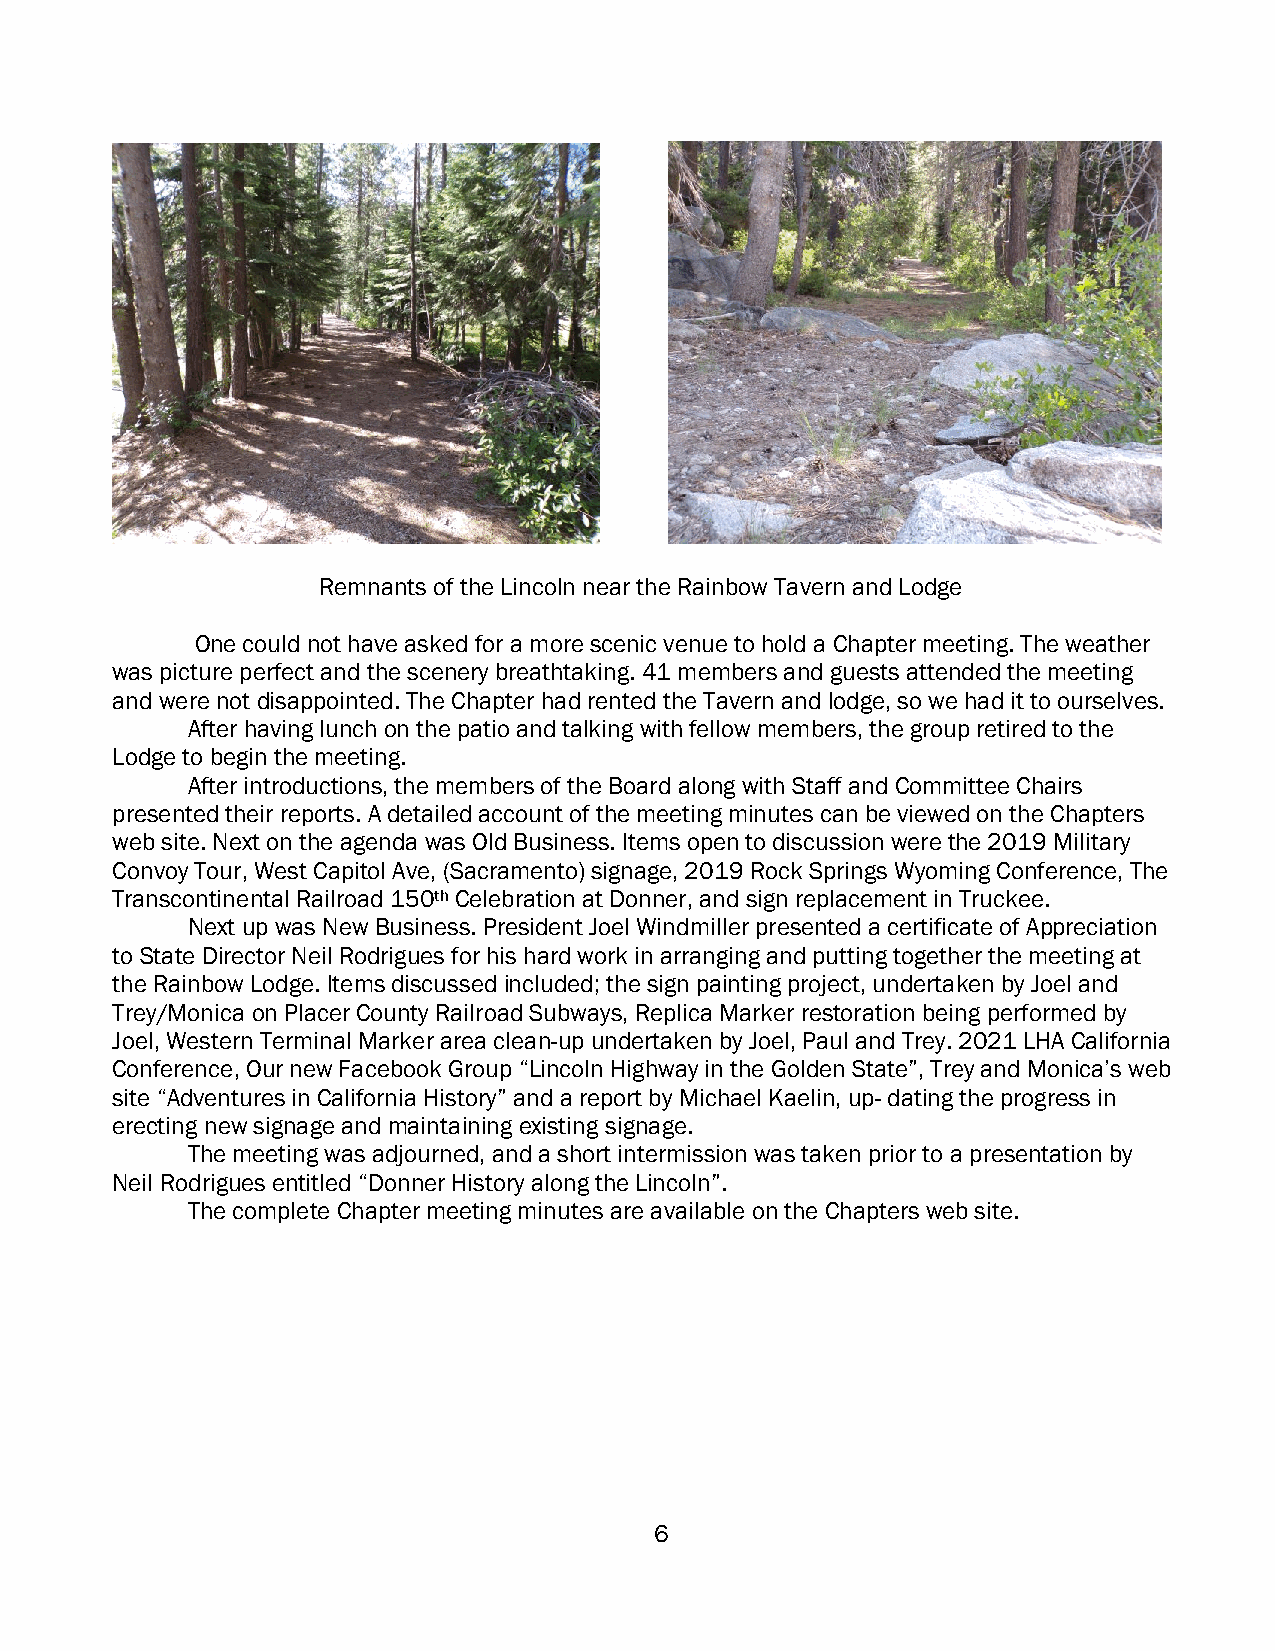
Remnants of the Lincoln near the Rainbow Tavern and Lodge
 One could not have asked for a more scenic venue to hold a Chapter meeting. The weather
 was picture perfect and the scenery breathtaking. 41 members and guests attended the meeting
 and were not disappointed. The Chapter had rented the Tavern and lodge, so we had it to ourselves.
 After having lunch on the patio and talking with fellow members, the group retired to the
 Lodge to begin the meeting.
 After introductions, the members of the Board along with Staff and Committee Chairs
 presented their reports. A detailed account of the meeting minutes can be viewed on the Chapters
 web site. Next on the agenda was Old Business. Items open to discussion were the 2019 Military
 Convoy Tour, West Capitol Ave, (Sacramento) signage, 2019 Rock Springs Wyoming Conference, The
 Transcontinental Railroad 150th Celebration at Donner, and sign replacement in Truckee.
 Next up was New Business. President Joel Windmiller presented a certificate of Appreciation
 to State Director Neil Rodrigues for his hard work in arranging and putting together the meeting at
 the Rainbow Lodge. Items discussed included; the sign painting project, undertaken by Joel and
 Trey/Monica on Placer County Railroad Subways, Replica Marker restoration being performed by
 Joel, Western Terminal Marker area clean-up undertaken by Joel, Paul and Trey. 2021 LHA California
 Conference, Our new Facebook Group “Lincoln Highway in the Golden State”, Trey and Monica’s web
 site “Adventures in California History” and a report by Michael Kaelin, up- dating the progress in
 erecting new signage and maintaining existing signage.
 The meeting was adjourned, and a short intermission was taken prior to a presentation by
 Neil Rodrigues entitled “Donner History along the Lincoln”.
 The complete Chapter meeting minutes are available on the Chapters web site.
 6